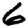
Digit: 6